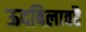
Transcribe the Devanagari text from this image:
ऊदबिलावहै